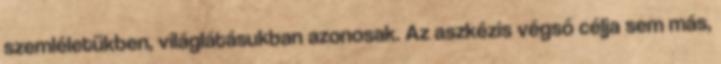
szemléletükben, világlátásukban azonosak. Az aszkézis végső célja sem más,